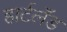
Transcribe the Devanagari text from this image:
हार्टलॅंड